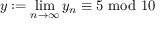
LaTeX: y : = \operatorname* { l i m } _ { n \to \infty } y _ { n } \equiv 5 { \mathrm { ~ m o d ~ } } 1 0